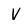
Character: V